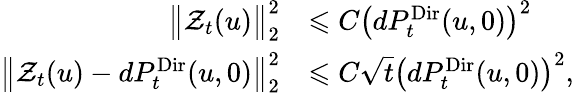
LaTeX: \begin{array}{rl}{\big\| \mathcal{Z}_{t}(u)\big\| _{2}^{2}}&{\leqslant C\left(dP_{t}^{\mathrm{Dir}}(u,0)\right)^{2}}\\ {\big\| \mathcal{Z}_{t}(u)-dP_{t}^{\mathrm{Dir}}(u,0)\big\| _{2}^{2}}&{\leqslant C\sqrt{t}\left(dP_{t}^{\mathrm{Dir}}(u,0)\right)^{2},}\end{array}